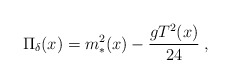
\begin{align*}\Pi_{\delta}(x) = m_*^2(x) -{g T^2(x) \over 24} \;,\end{align*}